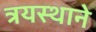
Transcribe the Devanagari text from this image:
त्रयस्थाने